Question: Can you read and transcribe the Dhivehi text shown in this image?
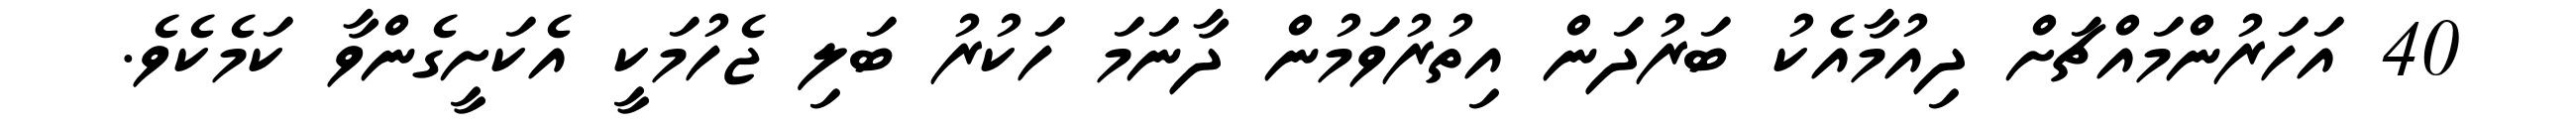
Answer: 40 އަހަރުންމައްޗަށް ދިއުމާއެކު ބަރުދަން އިތުރުވަމުން ދާނަމަ ހަކުރު ބަލި ޖެހުމަކީ އެކަށީގެންވާ ކަމެކެވެ.